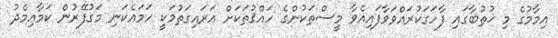
އިމާމުގެ މި ޚުޠުބާގައި ފާހަގަކުރައްވަވާފައިއެވާ މީސްތަކުންގެ ހައްޤުތަކަށް އަރައިގަތުމަކީ ހަމައެކަނި މަގުފޭރުން ކަމާއިމެދު